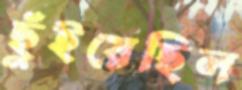
ছুঁইয়েছিল